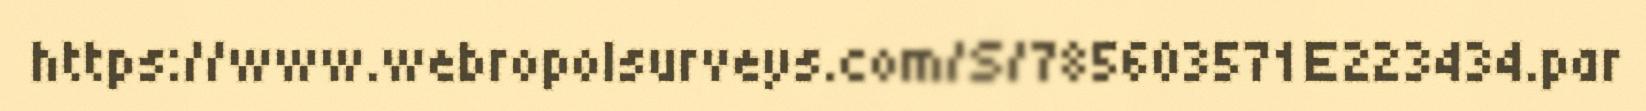
https://www.webropolsurveys.com/S/785603571E223434.par